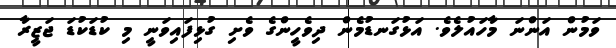
ވަމުން އަންނަ މާހައުލެވެ. އަޅުގަނޑުމެން ދިވެހީންގެ ވެށި ގުޅިފައިވަނީ މި ކުޑަކުޑަ ޖަޒީރާ